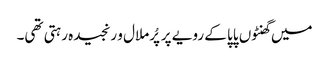
میں گھنٹوں پاپا کے رویے پر پُرملال و رنجیدہ رہتی تھی۔